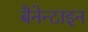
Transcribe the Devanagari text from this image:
बैनेन्टाइन